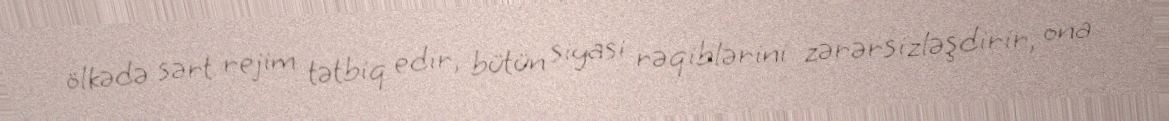
ölkədə sərt rejim tətbiq edir, bütün siyasi rəqiblərini zərərsizləşdirir, ona